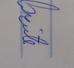
Signature authenticity: genuine